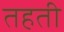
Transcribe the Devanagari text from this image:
तहती